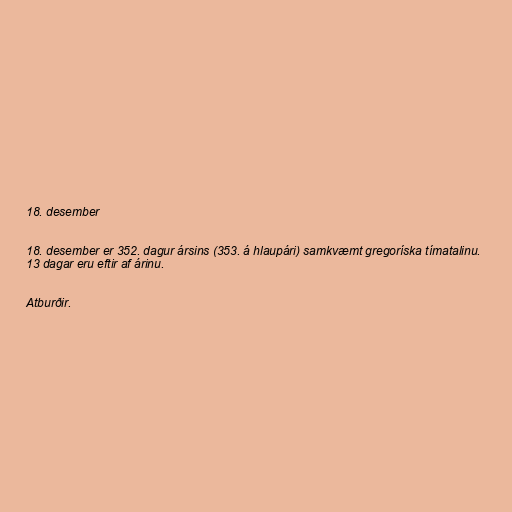
18. desember

18. desember er 352. dagur ársins (353. á hlaupári) samkvæmt gregoríska tímatalinu.
13 dagar eru eftir af árinu.

Atburðir.